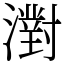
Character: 濧